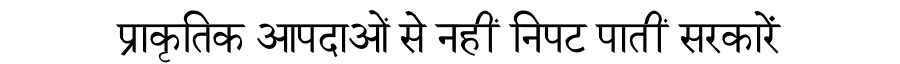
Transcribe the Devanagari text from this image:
प्राकृतिक आपदाओं से नहीं निपट पातीं सरकारें